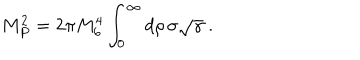
M _ { P } ^ { 2 } = 2 \pi M _ { 6 } ^ { 4 } \int _ { 0 } ^ { \infty } d \rho \, \sigma \sqrt \gamma \ .